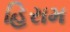
હિરામ